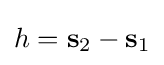
h=\mathbf {s} _{2}-\mathbf {s} _{1}